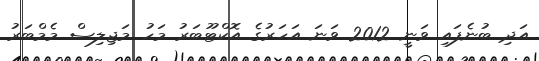
އަދި ބުނެފައި ވަނީ 2012 ވަނަ އަހަރުގެ އޮކްޓޫބަރު މަހު މަޖިލިސް މެމްބަރު